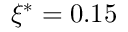
\xi ^ { * } = 0 . 1 5